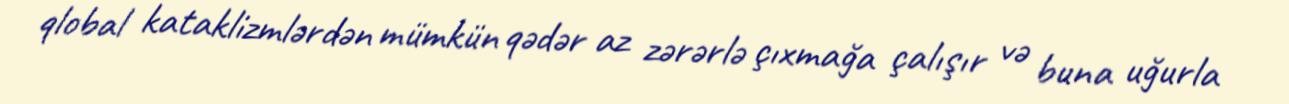
qlobal kataklizmlərdən mümkün qədər az zərərlə çıxmağa çalışır və buna uğurla